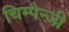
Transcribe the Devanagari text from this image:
चिम्पैन्ज़ी